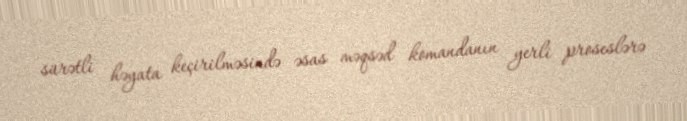
sürətli həyata keçirilməsində əsas məqsəd komandanın yerli proseslərə